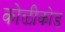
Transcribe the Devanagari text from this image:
कोळीकोड